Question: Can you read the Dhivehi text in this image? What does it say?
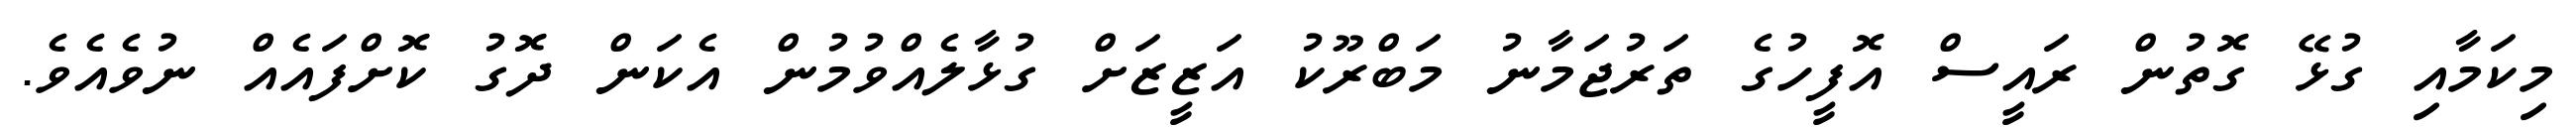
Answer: މިކަމާއި ގުޅޭ ގޮތުން ރައީސް އޮފީހުގެ ތަރުޖަމާނު މަބްރޫކު އަޒީޒަށް ގުޅާލެއްވުމުން އެކަން ދޮގު ކޮށްފައެއް ނުވެއެވެ.